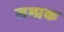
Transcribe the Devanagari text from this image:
सम्प्रक